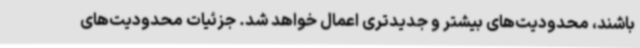
باشند، محدودیت‌های بیشتر و جدیدتری اعمال خواهد شد. جزئیات محدودیت‌های